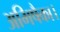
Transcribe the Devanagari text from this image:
अभिषैका।